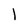
Character: 1